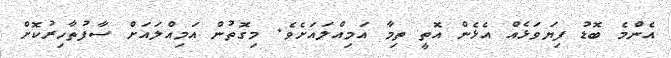
އެންމެ ބޮޑު ފިޔަވަޅެއް އެޅެން އޮތީ ތިމާ އަމިއްލައަށެވެ. މިގޮތުން އަމިއްލައަށް ސާފުތާހިރުކޮށް